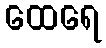
ထေရေ